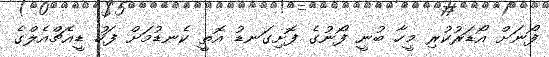
ފޯނަށް އޯޑަރުކުރި މީހާ ބުނީ ފޯނުގެ ފޮށިގަނޑު އޮތީ ކެނޑުމަށް ފަހު ޑީއެޗްއެލްގެ